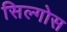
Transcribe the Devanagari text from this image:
सिल्गोस